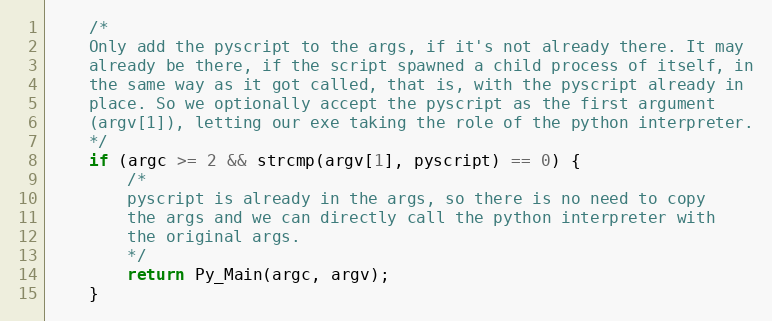
Language: C
	/*
	Only add the pyscript to the args, if it's not already there. It may
	already be there, if the script spawned a child process of itself, in
	the same way as it got called, that is, with the pyscript already in
	place. So we optionally accept the pyscript as the first argument
	(argv[1]), letting our exe taking the role of the python interpreter.
	*/
	if (argc >= 2 && strcmp(argv[1], pyscript) == 0) {
		/*
		pyscript is already in the args, so there is no need to copy
		the args and we can directly call the python interpreter with
		the original args.
		*/
		return Py_Main(argc, argv);
	}